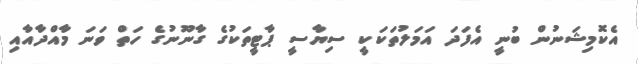
އެކޮމިޝަނުން ބުނީ އެފަދަ އަމަލުތަކަކީ ސިޔާސީ ޕާޓީތަކުގެ ގާނޫނުގެ ހަތް ވަނަ މާއްދާއާއި